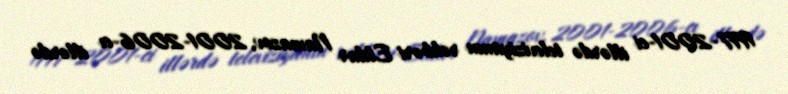
1997-2001-ci illərdə televiziyanın rəhbəri Eldar Namazov, 2001-2006-cı illərdə